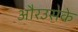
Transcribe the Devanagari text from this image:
औरउसके